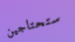
ستحتاجين